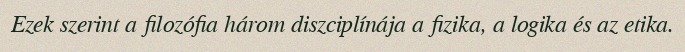
Ezek szerint a filozófia három diszciplínája a fizika, a logika és az etika.